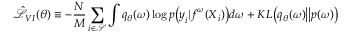
\hat { \mathcal { L } } _ { V I } ( \theta ) \equiv - \frac { N } { M } \sum _ { i \in \mathcal { S } } \int q _ { \theta } ( \boldsymbol { \omega } ) \log p \big ( \boldsymbol { y } _ { i } | \boldsymbol { f } ^ { \boldsymbol { \omega } } ( \boldsymbol { X } _ { i } ) \big ) d \boldsymbol { \omega } + K L \big ( q _ { \theta } ( \boldsymbol { \omega } ) \big | \big | p ( \boldsymbol { \omega } ) \big )